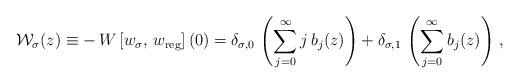
LaTeX: \begin{align*}\mathcal{W}_\sigma(z)\equiv -\,W\left[w_\sigma,\,w_{\rm reg}\right](0)=\delta_{\sigma,0}\,\left(\sum_{j=0}^\infty j\,b_j(z)\right) + \delta_{\sigma,1}\,\left(\sum_{j=0}^\infty b_j(z)\right)\,, \end{align*}